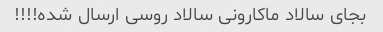
بجای سالاد ماکارونی سالاد روسی ارسال شده!!!!